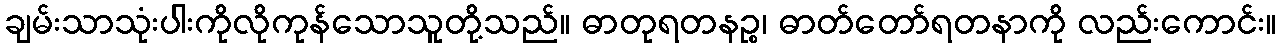
ချမ်းသာသုံးပါးကိုလိုကုန်သောသူတို့သည်။ ဓာတုရတနဉ္စ၊ ဓာတ်တော်ရတနာကို လည်းကောင်း။